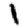
Digit: 1